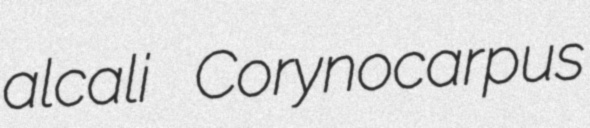
alcali Corynocarpus